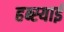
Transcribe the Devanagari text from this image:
हब्स्याई